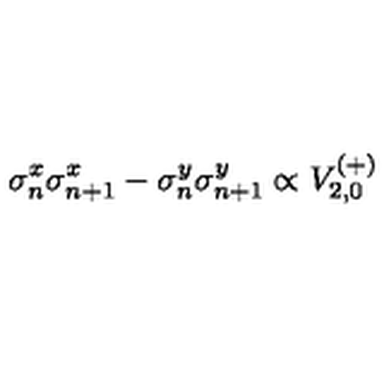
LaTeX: \sigma _ { n } ^ { x } \sigma _ { n + 1 } ^ { x } - \sigma _ { n } ^ { y } \sigma _ { n + 1 } ^ { y } \propto V _ { 2 , 0 } ^ { ( + ) }